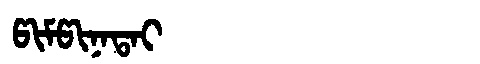
Manchu: ᡦᡳᠮᡦᡳᠨᠠᡨᠠᡳ
Romanization: PIMPINATAI